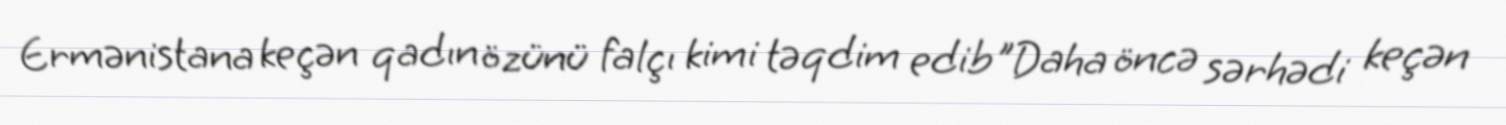
Ermənistana keçən qadın özünü falçı kimi təqdim edib"Daha öncə sərhədi keçən